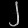
Digit: ၂